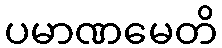
ပမာဏမေတိ